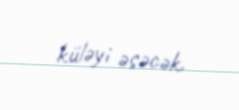
küləyi əsəcək.